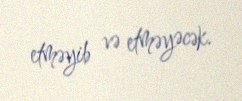
etməyib və etməyəcək.